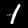
Digit: 1